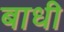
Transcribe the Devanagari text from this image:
बाधी